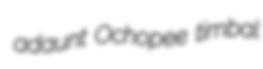
adaunt Ochopee timbal